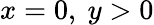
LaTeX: x=0,\ y>0